Civil Veterinary Dept. Bombay admin report 1932-41 - 1932-1941
Year: 1932
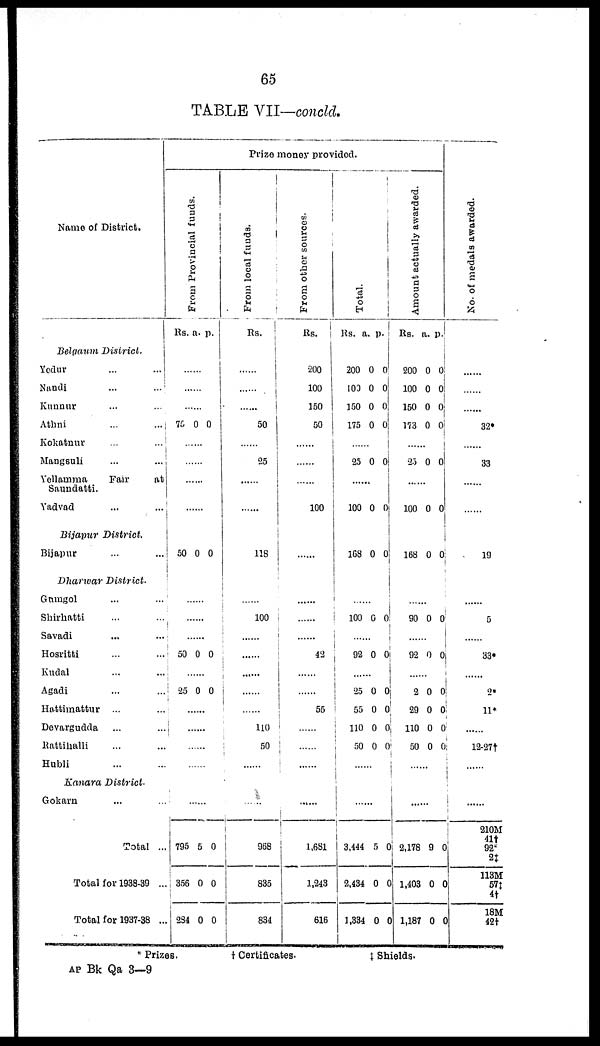
65
TABLE VII—concld.
Name of District.
Belgaum
District.
Yedur ... ...
Nandi ... ...
Kunnur ... ...
Athni ... ...
Kokatnur ... ...
Mangsuli ... ...
Yellamma
Fair
at
Saundatti.
Yadvad ... ...
Bijapur
District.
Bijapur ... ...
Dharwar
District.
Gamgol ... ...
Shirhatti ... ...
Savadi ... ...
Hosritti ... ...
Kudal ... ...
Agadi ... ...
Hattimattur ... ...
Devargudda ... ...
Rattihalli ... ...
Hubli ... ...
Kanara District.
Gokarn ... ...
Total ...
Total for 1938-39 ...
Total for 1937-38 ...
Prize money provided.
Fr om Pr o v i n c i a l f
unds
.
Rs. a. p.
......
......
......
75 0 0
......
......
.......
.......
50 0 0
.......
.......
.......
50 0 0
.......
25 0 0
.......
.......
.......
.......
.......
795
356
284
5
0
0
0
0
0
From local funds.
Rs.
......
......
......
50
......
25
.......
.......
118
.......
100
.......
.......
.......
.......
.......
110
50
.......
.......
968
835
834
From other sources.
Rs.
200
100
150
50
......
......
.......
100
.......
.......
.......
.......
42
.......
.......
55
.......
.......
.......
.......
1,681
1,243
616
Tot al .
Rs. a. p.
200
103
150
175
0
0
0
0
0
0
0
0
i
25 0 0
.......
100 0 0
168 0 0
......
100 0 0
.......
92 0 0
.......
25
55
110
50
0
0
0
0
0
0
0
0
.......
.......
3,444
2,434
1,334
5
0
0
0
0
0
Amount actually awarded.
Rs. a. p.
200
100
150
173
0
0
0
0
0
0
0
0
25 0 0
.......
100 0 0
168 0 0
.......
90 0 0
.......
92 0 0
.......
2
29
110
50
0
0
0
0
0
0
0
0
.......
.......
2,178
1,403
1,187
9
0
0
0
0
0
No. of medals awarded.
...
...
...
32*
...
33
....
......
19
.......
5
.......
33*
.......
2*
11*
......
12-27†
.......
.......
210M
41†
92*
2‡
113M
57‡
4†
18M
42†
* Prizes.
†
Certificates.
‡Shields.
AP Bk Qa 3—9